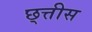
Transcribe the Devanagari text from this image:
छ्त्तीस